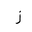
Letter: _zay